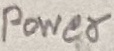
Text: Power